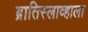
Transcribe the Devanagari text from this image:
ब्रातिस्लाव्हाला